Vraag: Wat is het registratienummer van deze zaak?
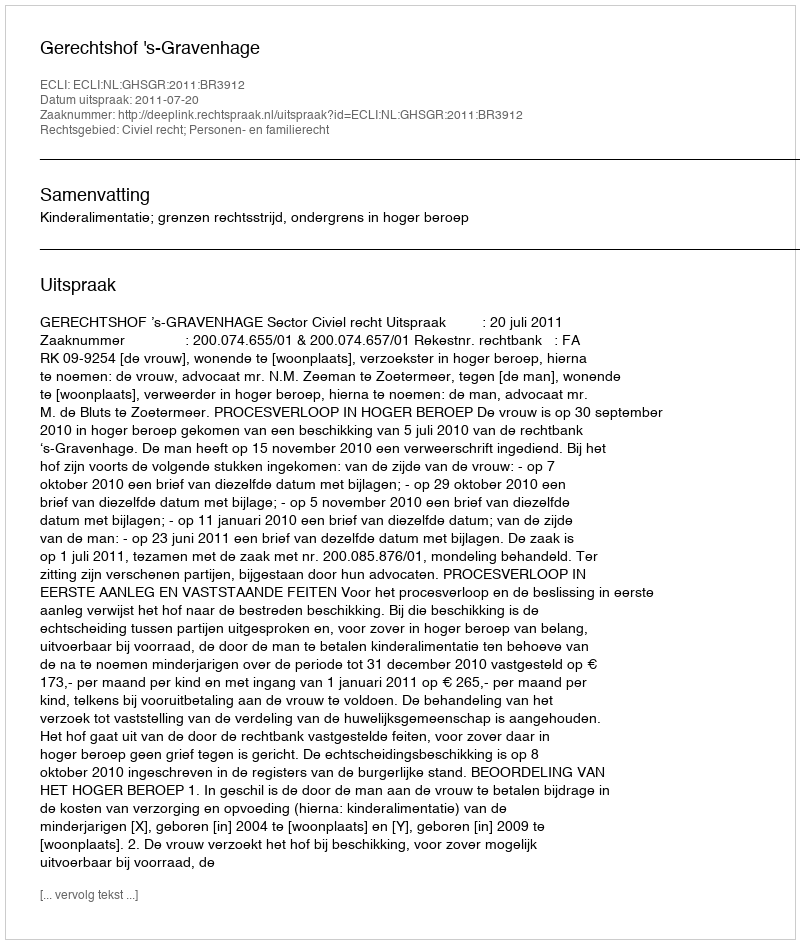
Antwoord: http://deeplink.rechtspraak.nl/uitspraak?id=ECLI:NL:GHSGR:2011:BR3912